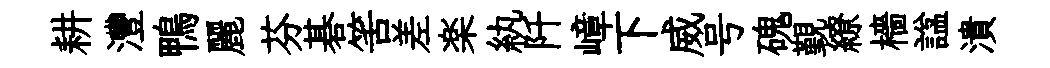
耕灃鴨麗芬碁筈差楽紈阡嶂下威号磈覲繚檣諡潰